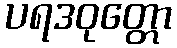
ပရဒဝုတ္တော